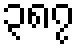
၃၈၇